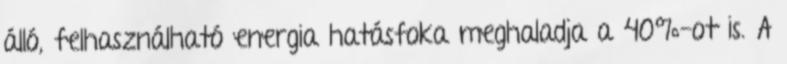
álló, felhasználható energia hatásfoka meghaladja a 40%-ot is. A